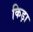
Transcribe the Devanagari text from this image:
किड़ा